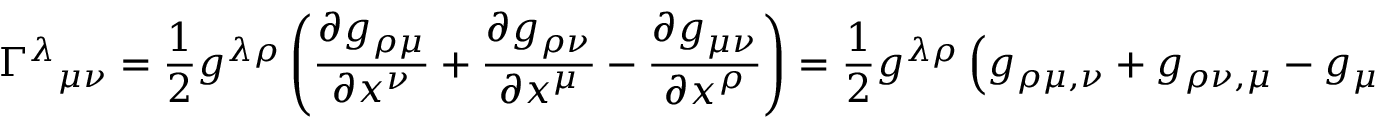
\Gamma ^ { \lambda } { } _ { \mu \nu } = { \frac { 1 } { 2 } } g ^ { \lambda \rho } \left( { \frac { \partial g _ { \rho \mu } } { \partial x ^ { \nu } } } + { \frac { \partial g _ { \rho \nu } } { \partial x ^ { \mu } } } - { \frac { \partial g _ { \mu \nu } } { \partial x ^ { \rho } } } \right) = { \frac { 1 } { 2 } } g ^ { \lambda \rho } \left( g _ { \rho \mu , \nu } + g _ { \rho \nu , \mu } - g _ { \mu \nu , \rho } \right)